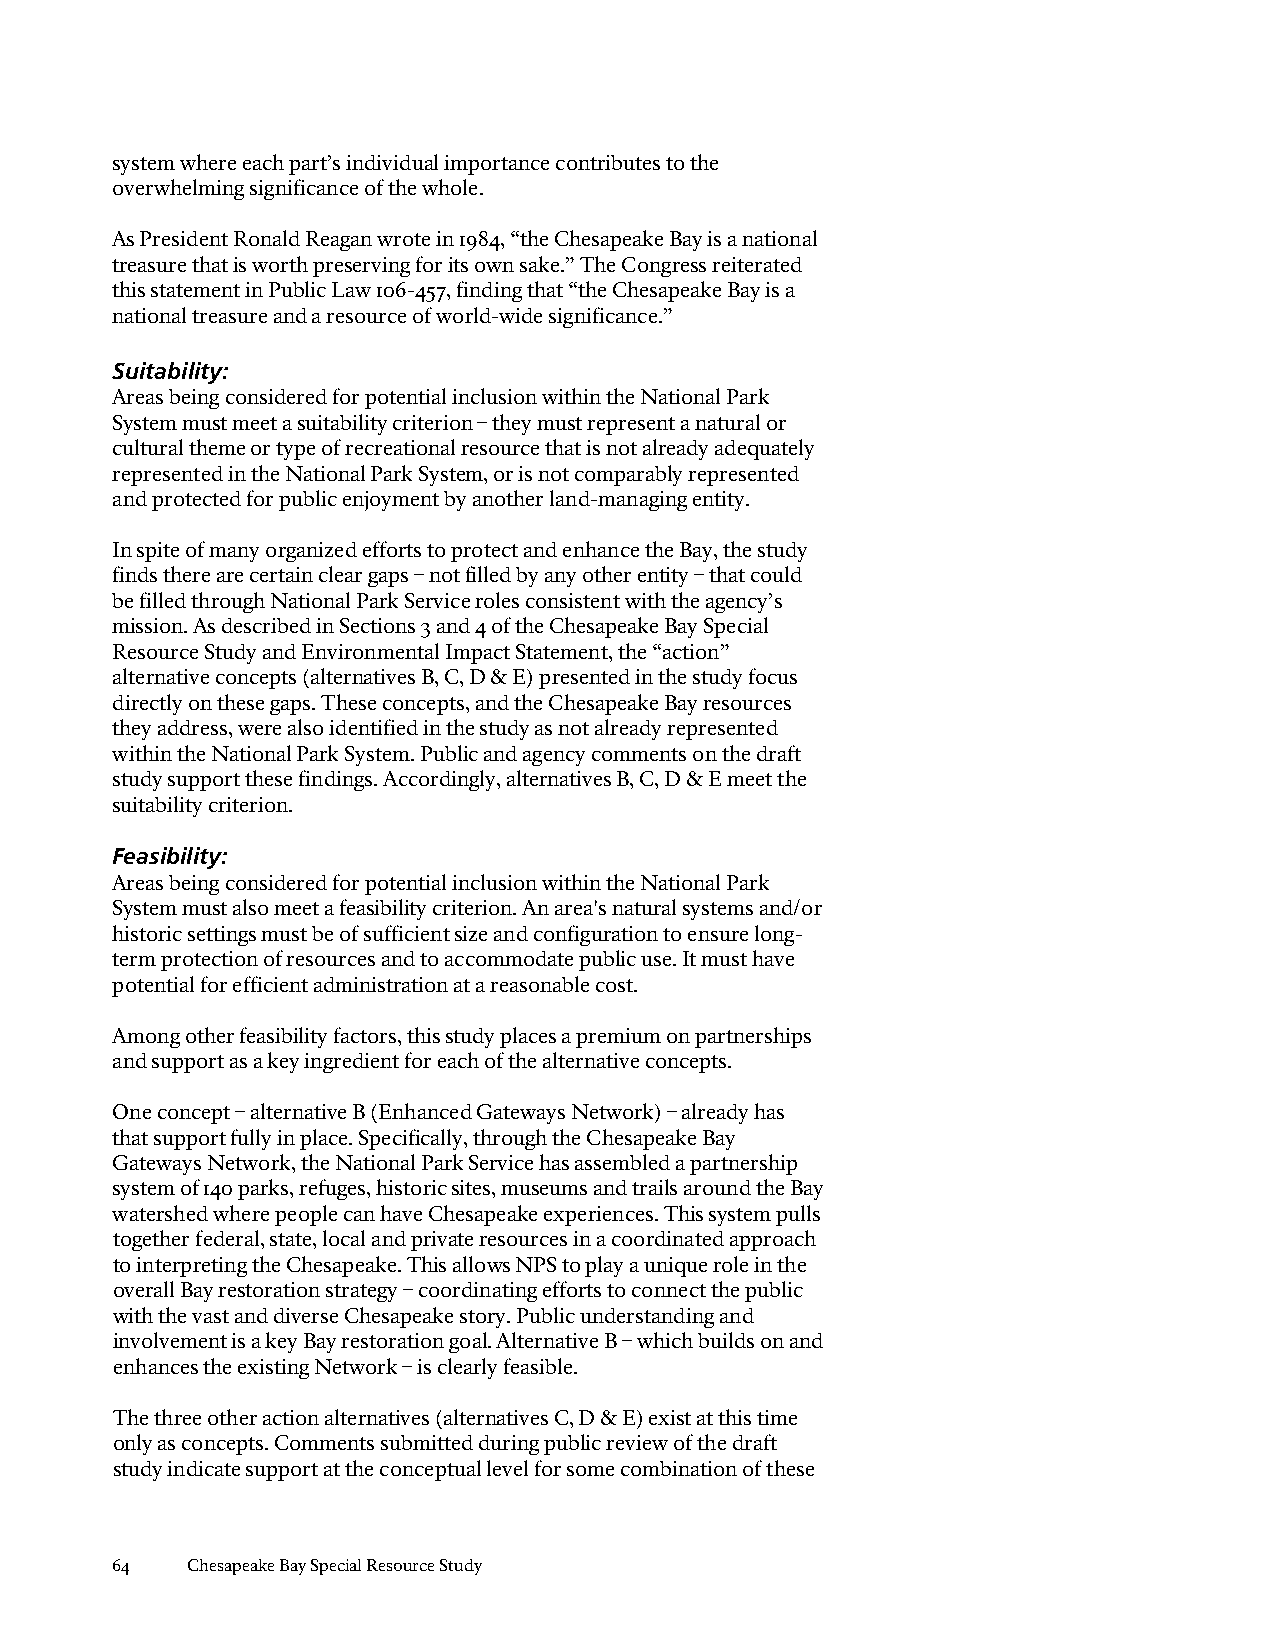
system where each part’s individual importance contributes to the
 overwhelming significance of the whole.
 As President Ronald Reagan wrote in 1984, “the Chesapeake Bay is a national
 treasure that is worth preserving for its own sake.” The Congress reiterated
 this statement in Public Law 106-457, finding that “the Chesapeake Bay is a
 national treasure and a resource of world-wide significance.”
 Suitability:
 Areas being considered for potential inclusion within the National Park
 System must meet a suitability criterion – they must represent a natural or
 cultural theme or type of recreational resource that is not already adequately
 represented in the National Park System, or is not comparably represented
 and protected for public enjoyment by another land-managing entity.
 In spite of many organized efforts to protect and enhance the Bay, the study
 finds there are certain clear gaps – not filled by any other entity – that could
 be filled through National Park Service roles consistent with the agency’s
 mission. As described in Sections 3 and 4 of the Chesapeake Bay Special
 Resource Study and Environmental Impact Statement, the “action”
 alternative concepts (alternatives B, C, D & E) presented in the study focus
 directly on these gaps. These concepts, and the Chesapeake Bay resources
 they address, were also identified in the study as not already represented
 within the National Park System. Public and agency comments on the draft
 study support these findings. Accordingly, alternatives B, C, D & E meet the
 suitability criterion.
 Feasibility:
 Areas being considered for potential inclusion within the National Park
 System must also meet a feasibility criterion. An area's natural systems and/or
 historic settings must be of sufficient size and configuration to ensure long-
 term protection of resources and to accommodate public use. It must have
 potential for efficient administration at a reasonable cost.
 Among other feasibility factors, this study places a premium on partnerships
 and support as a key ingredient for each of the alternative concepts.
 One concept – alternative B (Enhanced Gateways Network) – already has
 that support fully in place. Specifically, through the Chesapeake Bay
 Gateways Network, the National Park Service has assembled a partnership
 system of 140 parks, refuges, historic sites, museums and trails around the Bay
 watershed where people can have Chesapeake experiences. This system pulls
 together federal, state, local and private resources in a coordinated approach
 to interpreting the Chesapeake. This allows NPS to play a unique role in the
 overall Bay restoration strategy – coordinating efforts to connect the public
 with the vast and diverse Chesapeake story. Public understanding and
 involvement is a key Bay restoration goal. Alternative B – which builds on and
 enhances the existing Network – is clearly feasible.
 The three other action alternatives (alternatives C, D & E) exist at this time
 only as concepts. Comments submitted during public review of the draft
 study indicate support at the conceptual level for some combination of these
 64   Chesapeake Bay Special Resource Study